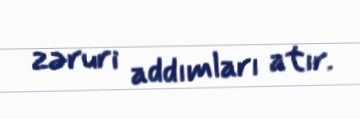
zəruri addımları atır.